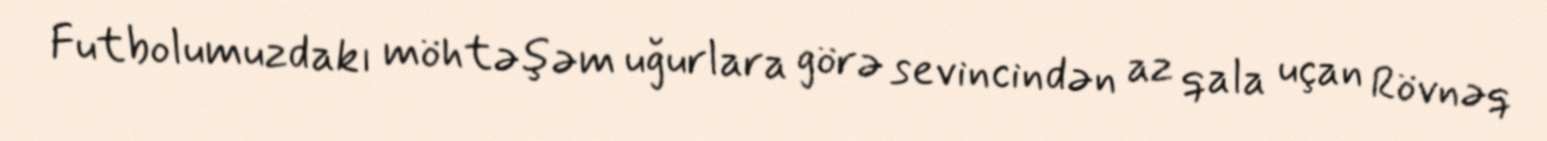
Futbolumuzdakı möhtəşəm uğurlara görə sevincindən az qala uçan Rövnəq